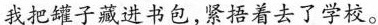
我把罐子藏进书包，紧捂着去了学校。